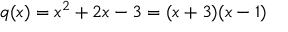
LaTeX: q ( x ) = x ^ { 2 } + 2 x - 3 = ( x + 3 ) ( x - 1 )